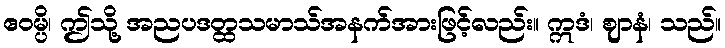
ဧဝမ္ပိ၊ ဤသို့ အညပဒတ္ထသမာသ်အနက်အားဖြင့်လည်း။ ဣဒံ၊ ဈာနံ၊ သည်။